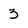
Character: 3